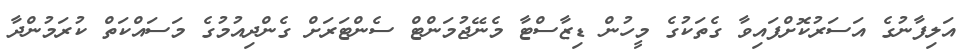
އަލިފާނުގެ އަސަރުކޮށްފައިވާ ގެތަކުގެ މީހުން ޑިޒާސްޓާ މެނޭޖުމަންޓް ސެންޓަރަށް ގެންދިއުމުގެ މަސައްކަތް ކުރަމުންދާ